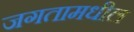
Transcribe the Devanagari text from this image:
जगतामधील